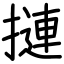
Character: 摙